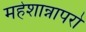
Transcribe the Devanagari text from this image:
महेशान्नापरो